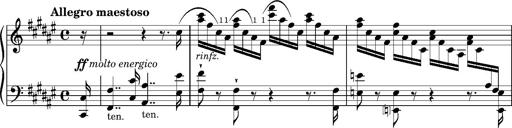
Title: Preludio â€” Allegro maestoso
Composer: Franz Liszt
Key: F-sharp major